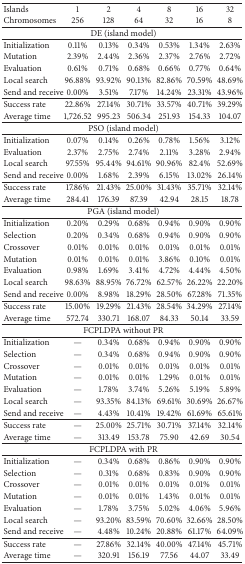
<table><thead><tr><td><b> Islands </b></td><td><b> 1 </b></td><td><b> 2 </b></td><td><b> 4 </b></td><td><b> 8 </b></td><td><b> 16 </b></td><td><b> 32 </b></td></tr><tr><td><b>Chromosomes </b></td><td><b> 256 </b></td><td><b> 128 </b></td><td><b> 64 </b></td><td><b> 32 </b></td><td><b> 16 </b></td><td><b> 8 </b></td></tr></thead><tbody><tr><td colspan="7">DE (island model)</td></tr><tr><td> Initialization </td><td> 0.11% </td><td> 0.13% </td><td> 0.34% </td><td> 0.53% </td><td> 1.34% </td><td> 2.63% </td></tr><tr><td>Mutation </td><td> 2.39% </td><td> 2.44% </td><td> 2.36% </td><td> 2.37% </td><td> 2.76% </td><td> 2.72% </td></tr><tr><td>Evaluation </td><td> 0.61% </td><td> 0.71% </td><td> 0.68% </td><td> 0.66% </td><td> 0.77% </td><td> 0.64% </td></tr><tr><td>Local search </td><td> 96.88% </td><td> 93.92% </td><td> 90.13% </td><td> 82.86% </td><td> 70.59% </td><td> 48.69% </td></tr><tr><td>Send and receive</td><td> 0.00% </td><td> 3.51% </td><td> 7.17% </td><td> 14.24% </td><td> 23.31% </td><td> 43.96% </td></tr><tr><td> Success rate </td><td> 22.86% </td><td> 27.14% </td><td> 30.71% </td><td> 33.57% </td><td> 40.71% </td><td> 39.29% </td></tr><tr><td>Average time </td><td> 1,726.52 </td><td> 995.23 </td><td> 506.34 </td><td> 251.93 </td><td> 154.33 </td><td> 104.07 </td></tr><tr><td colspan="7"> PSO (island model) </td></tr><tr><td> Initialization </td><td> 0.07% </td><td> 0.14% </td><td> 0.26% </td><td> 0.78% </td><td> 1.56% </td><td> 3.12% </td></tr><tr><td>Evaluation </td><td> 2.37% </td><td> 2.75% </td><td> 2.74% </td><td> 2.11% </td><td> 3.28% </td><td> 2.94% </td></tr><tr><td>Local search </td><td> 97.55% </td><td> 95.44% </td><td> 94.61% </td><td> 90.96% </td><td> 82.4% </td><td> 52.69%</td></tr><tr><td>Send and receive</td><td> 0.00% </td><td> 1.68% </td><td> 2.39% </td><td> 6.15% </td><td> 13.02% </td><td> 26.14% </td></tr><tr><td> Success rate </td><td> 17.86% </td><td> 21.43% </td><td> 25.00% </td><td> 31.43% </td><td> 35.71% </td><td> 32.14% </td></tr><tr><td>Average time </td><td> 284.41 </td><td> 176.39 </td><td> 87.39 </td><td> 42.94 </td><td> 28.15 </td><td> 18.78 </td></tr><tr><td colspan="7"> PGA (island model) </td></tr><tr><td> Initialization </td><td> 0.20% </td><td> 0.29% </td><td> 0.68% </td><td> 0.94% </td><td> 0.90% </td><td> 0.90% </td></tr><tr><td>Selection </td><td> 0.20% </td><td> 0.34% </td><td> 0.68% </td><td> 0.94% </td><td> 0.90% </td><td> 0.90% </td></tr><tr><td>Crossover </td><td> 0.01% </td><td> 0.01% </td><td> 0.01% </td><td> 0.01% </td><td> 0.01% </td><td> 0.01% </td></tr><tr><td>Mutation </td><td> 0.01% </td><td> 0.01% </td><td> 0.01% </td><td> 3.86% </td><td> 0.10% </td><td> 0.01% </td></tr><tr><td>Evaluation </td><td> 0.98% </td><td> 1.69% </td><td> 3.41% </td><td> 4.72% </td><td> 4.44% </td><td> 4.50% </td></tr><tr><td>Local search </td><td> 98.63% </td><td> 88.95% </td><td> 76.72% </td><td> 62.57% </td><td> 26.22% </td><td> 22.20% </td></tr><tr><td>Send and receive</td><td> 0.00% </td><td> 8.98% </td><td> 18.29% </td><td> 28.50% </td><td> 67.28% </td><td> 71.35% </td></tr><tr><td> Success rate </td><td> 15.00% </td><td> 19.29% </td><td> 21.43% </td><td> 28.54% </td><td> 34.29% </td><td> 27.14% </td></tr><tr><td>Average time </td><td> 572.74 </td><td> 330.71 </td><td> 168.07 </td><td> 84.33 </td><td> 50.14 </td><td> 33.59 </td></tr><tr><td colspan="7"> FCPLDPA without PR </td></tr><tr><td> Initialization </td><td> — </td><td> 0.34% </td><td> 0.68% </td><td> 0.94% </td><td> 0.90% </td><td> 0.90%</td></tr><tr><td>Selection </td><td> — </td><td> 0.34% </td><td> 0.68% </td><td> 0.94% </td><td> 0.90% </td><td> 0.90%</td></tr><tr><td>Crossover </td><td> — </td><td> 0.01% </td><td> 0.01% </td><td> 0.01% </td><td> 0.01% </td><td> 0.01%</td></tr><tr><td>Mutation </td><td> — </td><td> 0.01% </td><td> 0.01% </td><td> 1.29% </td><td> 0.01% </td><td> 0.01%</td></tr><tr><td>Evaluation </td><td> — </td><td> 1.78% </td><td> 3.74% </td><td> 5.26% </td><td> 5.19% </td><td> 5.89%</td></tr><tr><td>Local search </td><td> — </td><td> 93.35% </td><td> 84.13% </td><td> 69.61% </td><td> 30.69% </td><td> 26.67%</td></tr><tr><td>Send and receive</td><td> — </td><td> 4.43% </td><td> 10.41% </td><td> 19.42% </td><td> 61.69% </td><td> 65.61% </td></tr><tr><td> Success rate </td><td> — </td><td> 25.00% </td><td> 25.71% </td><td> 30.71% </td><td> 37.14% </td><td> 32.14%</td></tr><tr><td>Average time </td><td> — </td><td>313.49 </td><td>153.78 </td><td>75.90 </td><td>42.69 </td><td>30.54 </td></tr><tr><td colspan="7"> FCPLDPA with PR </td></tr><tr><td> Initialization </td><td> — </td><td> 0.34% </td><td> 0.68% </td><td> 0.86% </td><td> 0.90% </td><td> 0.90% </td></tr><tr><td>Selection </td><td> — </td><td> 0.31% </td><td> 0.68% </td><td> 0.83% </td><td> 0.90% </td><td> 0.90% </td></tr><tr><td>Crossover </td><td> — </td><td> 0.01% </td><td> 0.01% </td><td> 0.01% </td><td> 0.01% </td><td> 0.01% </td></tr><tr><td>Mutation </td><td> — </td><td> 0.01% </td><td> 0.01% </td><td> 1.43% </td><td> 0.01% </td><td> 0.01% </td></tr><tr><td>Evaluation </td><td> — </td><td> 1.78% </td><td> 3.75% </td><td> 5.02% </td><td> 4.06% </td><td> 5.96% </td></tr><tr><td>Local search </td><td> — </td><td> 93.20% </td><td> 83.59% </td><td> 70.60% </td><td> 32.66% </td><td> 28.50% </td></tr><tr><td>Send and receive</td><td> — </td><td> 4.48% </td><td> 10.24% </td><td> 20.88% </td><td> 61.17% </td><td> 64.09% </td></tr><tr><td> Success rate </td><td> — </td><td>27.86%</td><td>32.14%</td><td>40.00%</td><td>47.14%</td><td>45.71%</td></tr><tr><td>Average time </td><td> — </td><td>320.91 </td><td> 156.19 </td><td> 77.56 </td><td> 44.07 </td><td> 33.49 </td></tr></tbody></table>